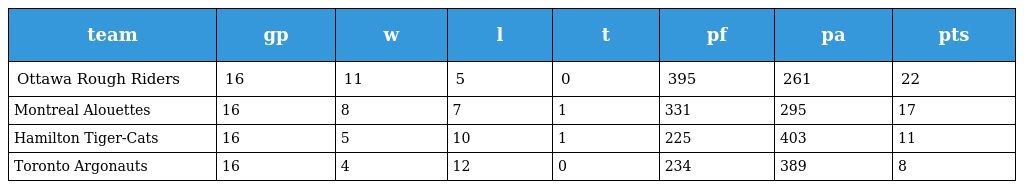
| team | gp | w | l | t | pf | pa | pts |
 | --- | --- | --- | --- | --- | --- | --- | --- |
 | Ottawa Rough Riders | 16 | 11 | 5 | 0 | 395 | 261 | 22 |
 | Montreal Alouettes | 16 | 8 | 7 | 1 | 331 | 295 | 17 |
 | Hamilton Tiger-Cats | 16 | 5 | 10 | 1 | 225 | 403 | 11 |
 | Toronto Argonauts | 16 | 4 | 12 | 0 | 234 | 389 | 8 |